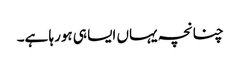
چنانچہ یہاں ایسا ہی ہورہا ہے۔